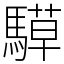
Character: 騲